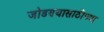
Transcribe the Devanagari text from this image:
जोडण्यासाठीच्या